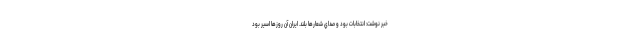
خبر نوشت: انتخابات بود و صداي شعارها بلند. ايران آن روزها اسير بود